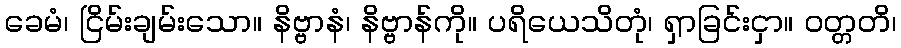
ခေမံ၊ ငြိမ်းချမ်းသော။ နိဗ္ဗာနံ၊ နိဗ္ဗာန်ကို။ ပရိယေသိတုံ၊ ရှာခြင်းငှာ။ ဝတ္တတိ၊